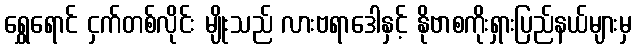
ရွှေရောင် ငှက်တစ်လိုင်း မျိုးသည် လားဗရာဒေါနှင့် နိုဗာစကိုးရှားပြည်နယ်များမှ